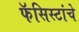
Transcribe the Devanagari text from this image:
फॅसिस्टांचे